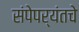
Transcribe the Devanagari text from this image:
संपेपर्यंतचे